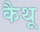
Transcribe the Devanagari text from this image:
कैथू